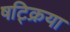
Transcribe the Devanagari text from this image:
षट्क्रिया